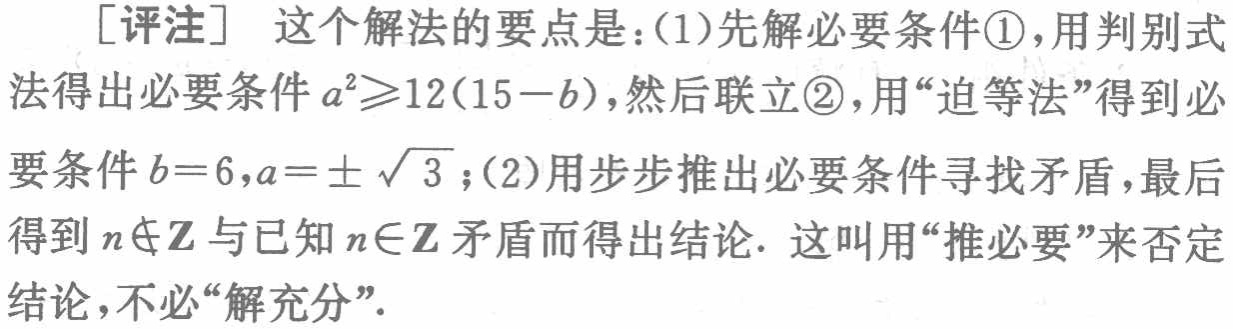
[评注] 这个解法的要点是：(1)先解必要条件\textcircled{1}，用判别式法得出必要条件 \(a^{2}\geqslant12(15 - b)\)，然后联立\textcircled{2}，用“迫等法”得到必要条件 \(b = 6,a=\pm\sqrt{3}\)；(2)用步步推出必要条件寻找矛盾，最后得到 \(n\notin\mathbb{Z}\) 与已知 \(n\in\mathbb{Z}\) 矛盾而得出结论. 这叫用“推必要”来否定结论，不必“解充分”.